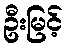
ဦးမြင့်